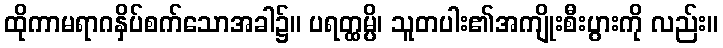
ထိုကာမရာဂနှိပ်စက်သောအခါ၌။ ပရတ္ထမ္ပိ၊ သူတပါး၏အကျိုးစီးပွားကို လည်း။